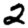
Digit: 2